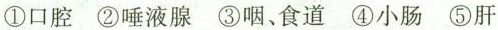
①口腔 ②唾液腺 ③咽、食道 ④小肠 ⑤肝